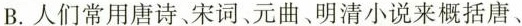
B.人们常用唐诗、宋词、元曲、明清小说来概括唐、